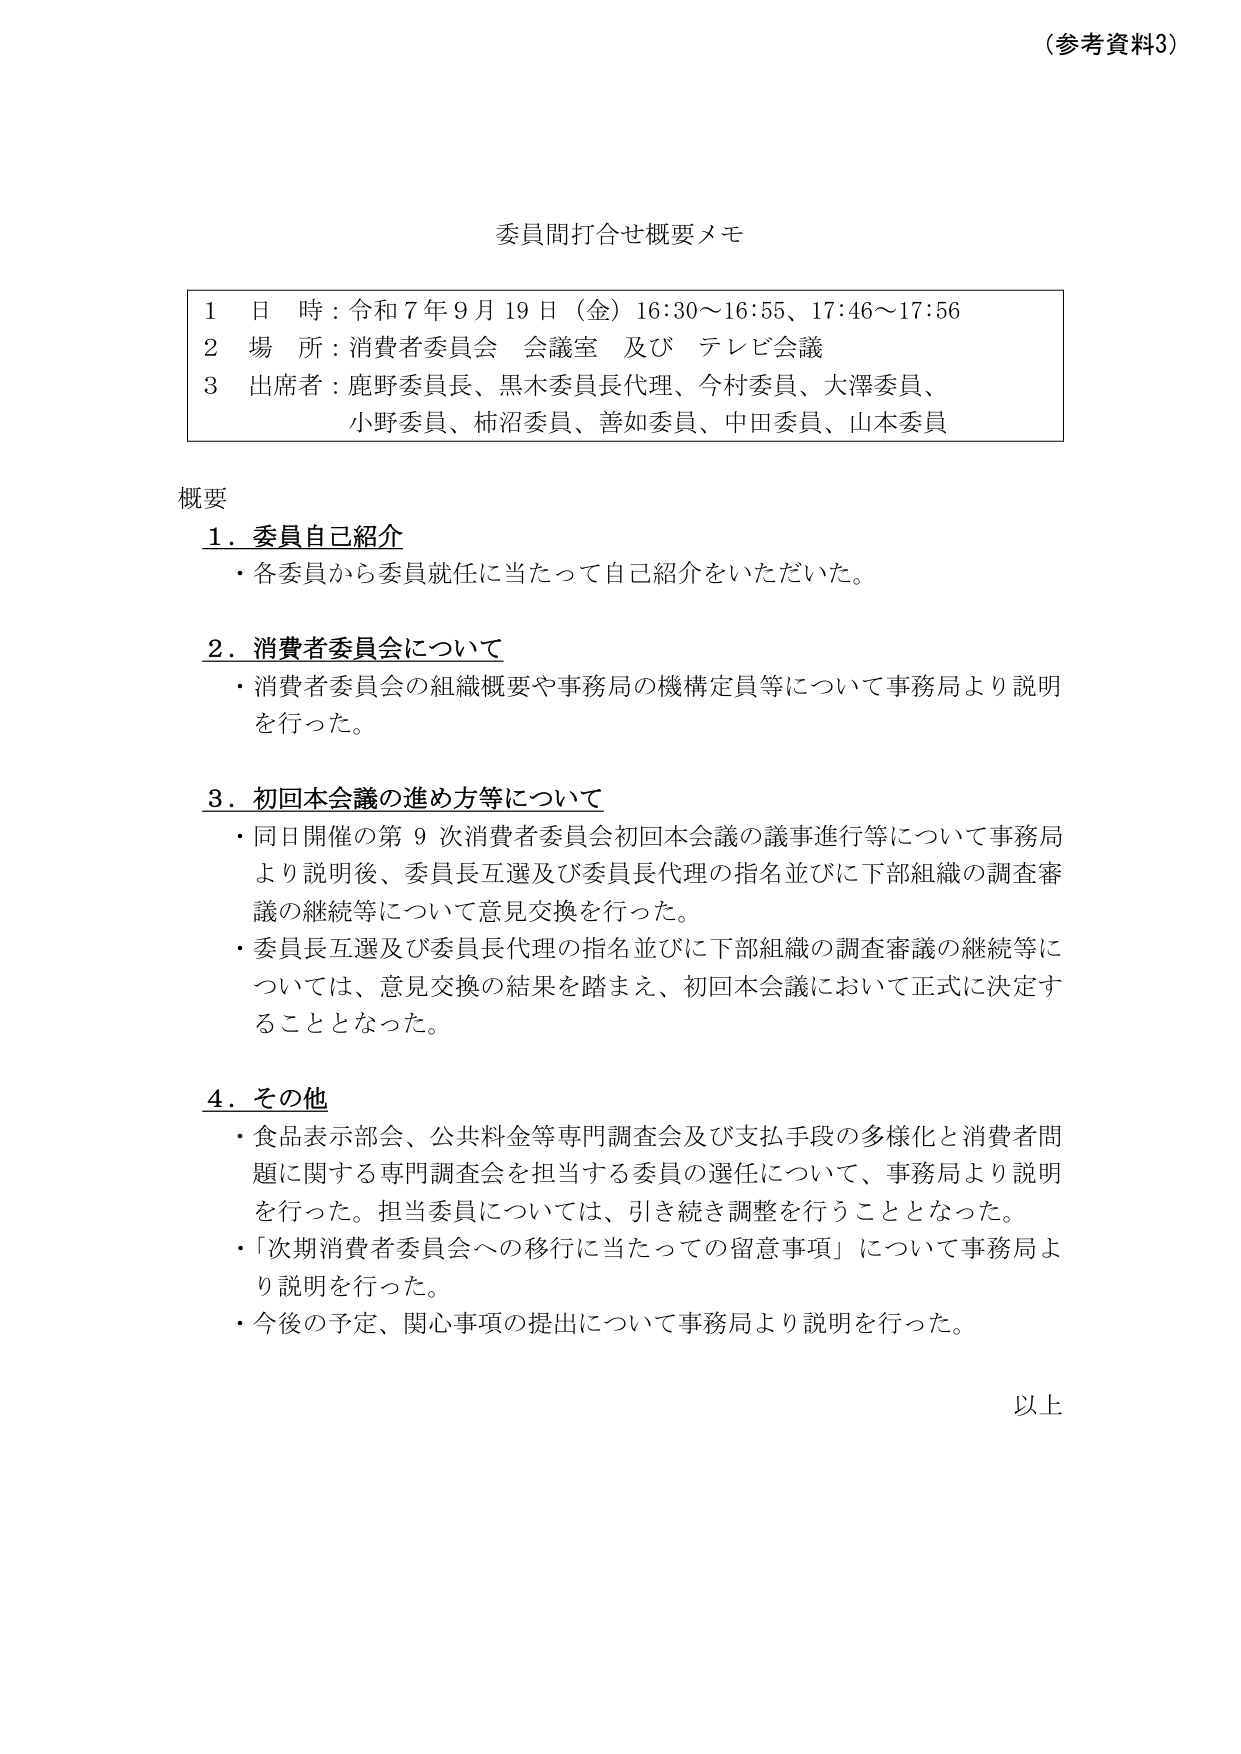
（参考資料3）

委員間打合せ概要メモ

1 日 時：令和7年9月19日（金）16:30～16:55、17:46～17:56
2 場 所：消費者委員会 会議室 及び テレビ会議
3 出席者：鹿野委員長、黒木委員長代理、今村委員、大澤委員、
　　　　小野委員、柿沼委員、善如委員、中田委員、山本委員

概要

1．委員自己紹介
・各委員から委員就任に当たって自己紹介をいただいた。

2．消費者委員会について
・消費者委員会の組織概要や事務局の機構定員等について事務局より説明を行った。

3．初回本会議の進め方等について
・同日開催の第9次消費者委員会初回本会議の議事進行等について事務局より説明後、委員長互選及び委員長代理の指名並びに下部組織の調査審議の継続等について意見交換を行った。
・委員長互選及び委員長代理の指名並びに下部組織の調査審議の継続等については、意見交換の結果を踏まえ、初回本会議において正式に決定することとなった。

4．その他
・食品表示部会、公共料金等専門調査会及び支払手段の多様化と消費者問題に関する専門調査会を担当する委員の選任について、事務局より説明を行った。担当委員については、引き続き調整を行うこととなった。
・「次期消費者委員会への移行に当たっての留意事項」について事務局より説明を行った。
・今後の予定、関心事項の提出について事務局より説明を行った。

以上